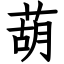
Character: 葫